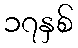
၁၇နှစ်